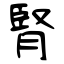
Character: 腎